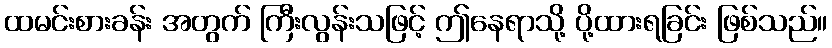
ထမင်းစားခန်း အတွက် ကြီးလွန်းသဖြင့် ဤနေရာသို့ ပို့ထားရခြင်း ဖြစ်သည်။